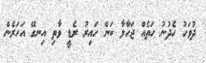
ދުވަހު ހެދުނު ހަތެއް ޖަހާލާ ކަން ހައިރު ރެޑީ ވާތި އިނގޭ އަހަރެން